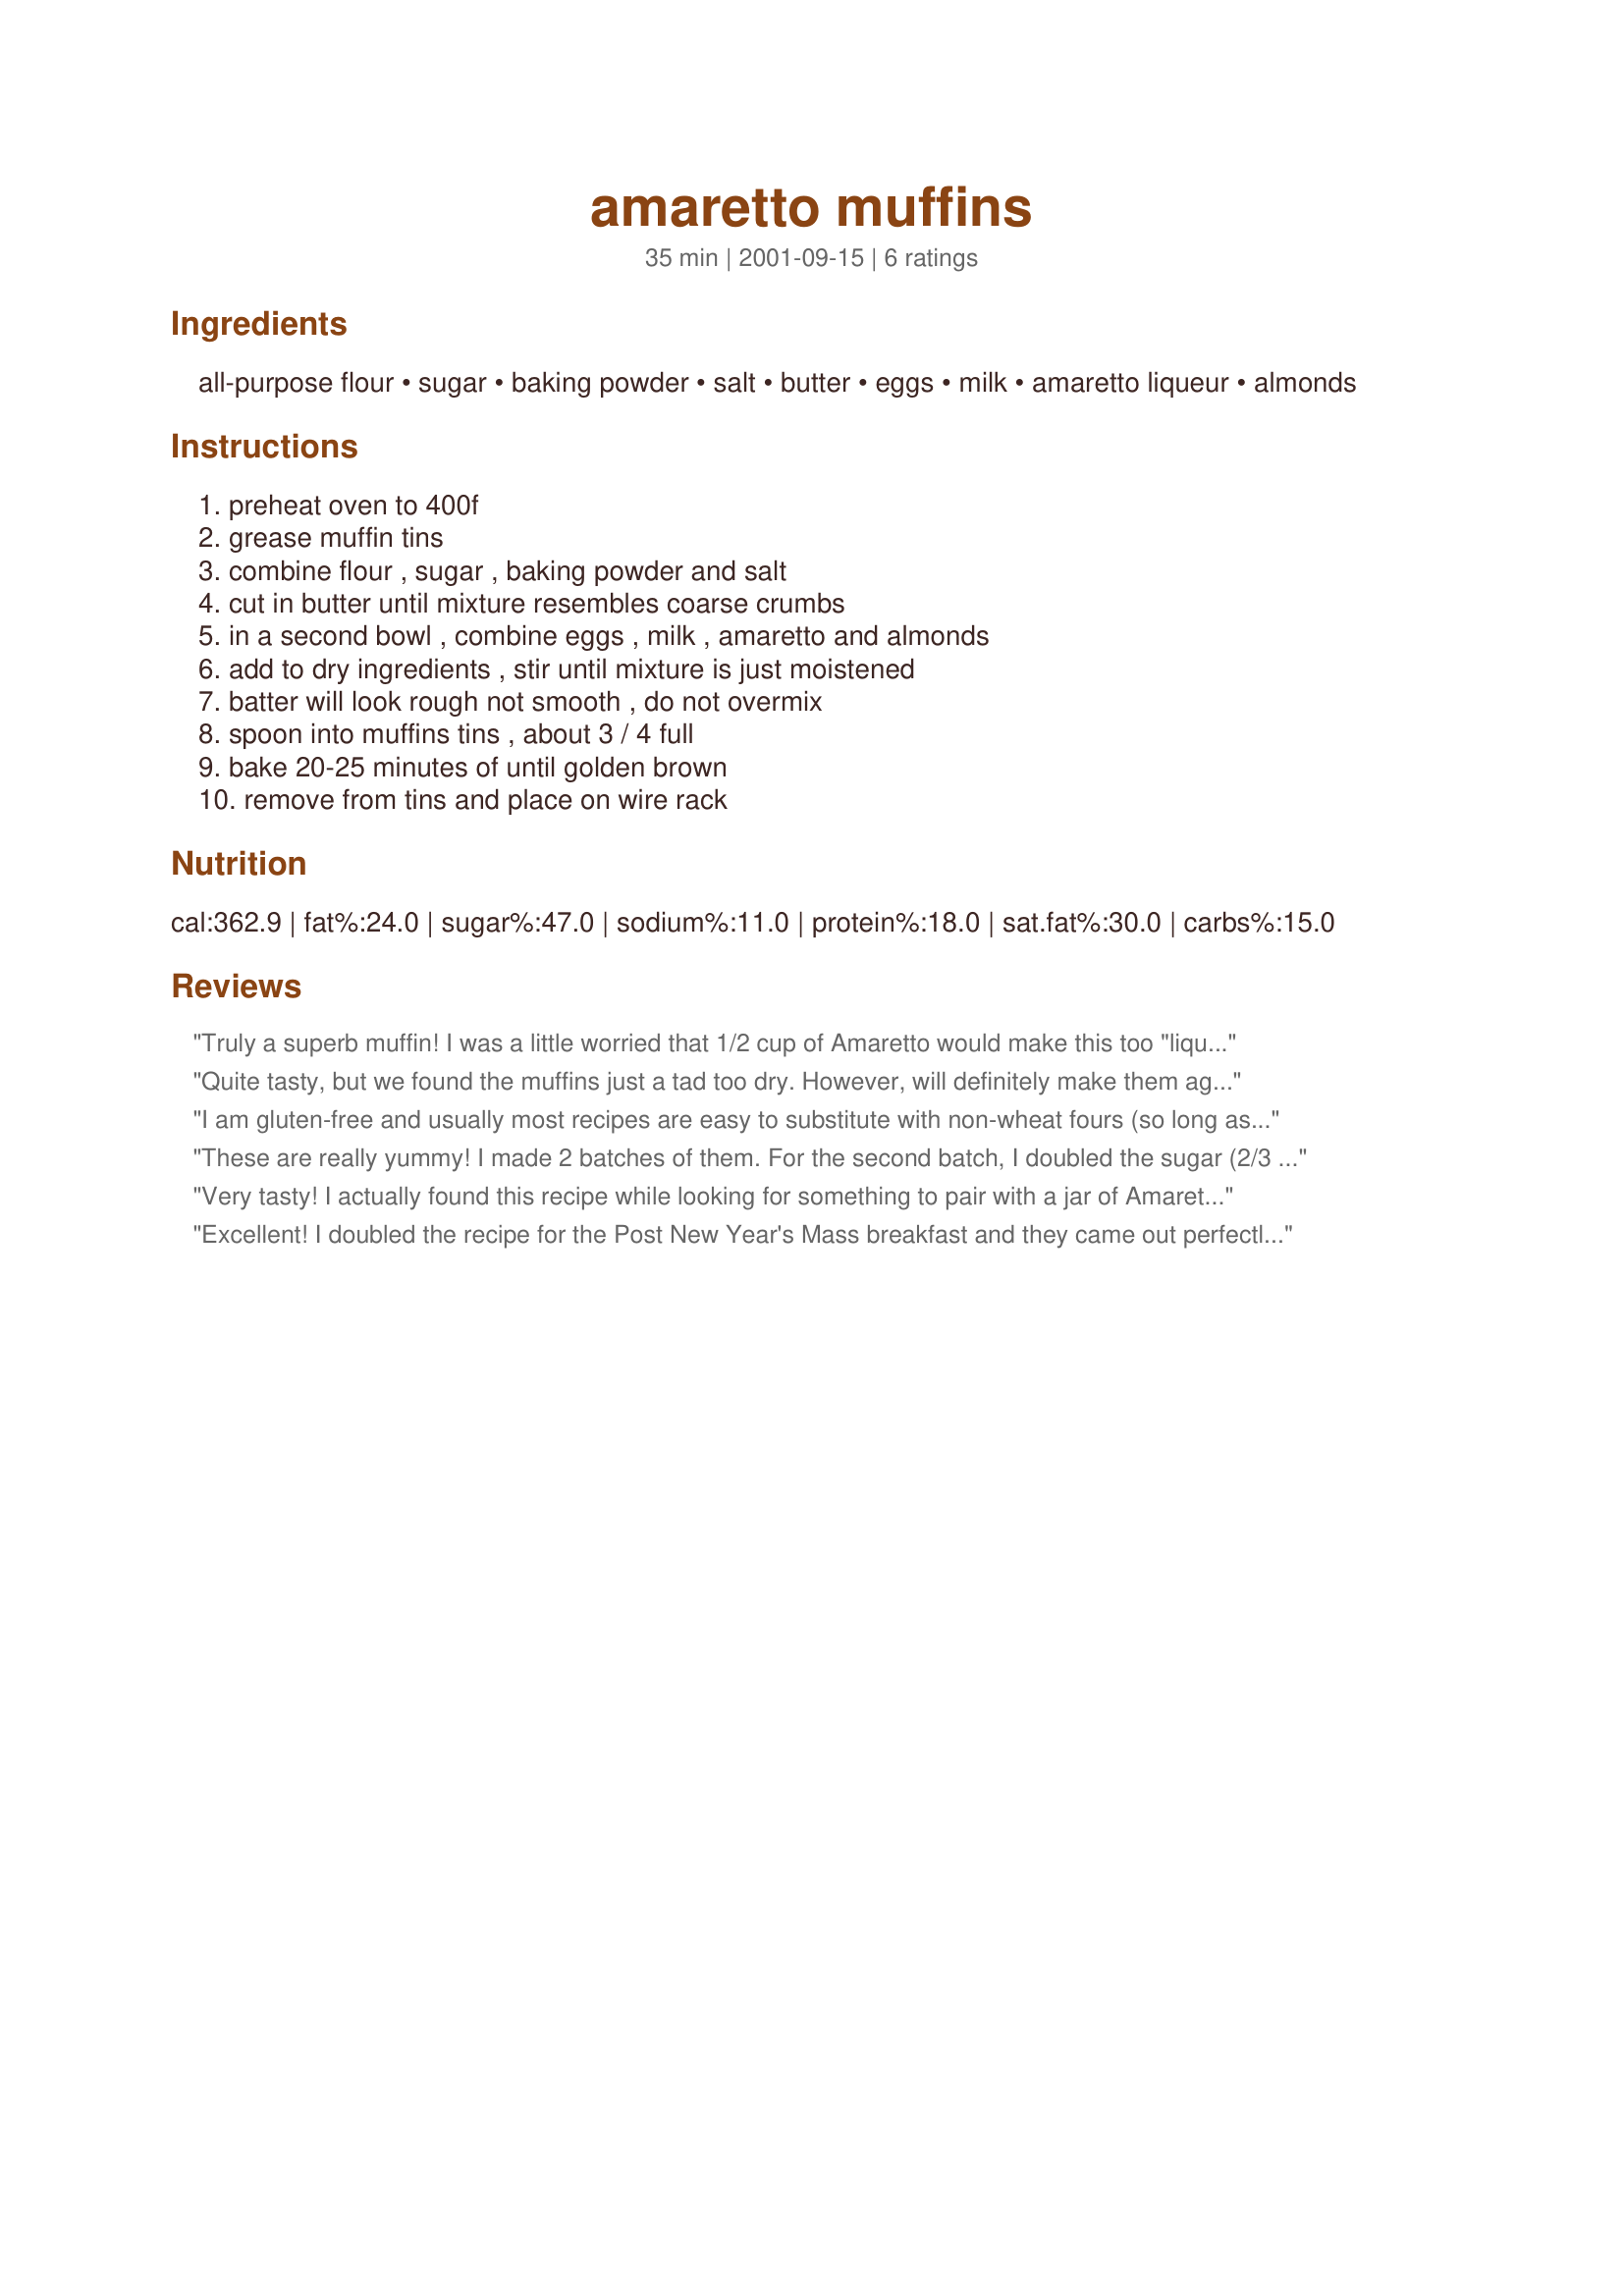
amaretto muffins
Preparation time: 35 minutes

Ingredients:
all-purpose flour, sugar, baking powder, salt, butter, eggs, milk, amaretto liqueur, almonds

Steps:
preheat oven to 400f, grease muffin tins, combine flour , sugar , baking powder and salt, cut in butter until mixture resembles coarse crumbs, in a second bowl , combine eggs , milk , amaretto and almonds, add to dry ingredients , stir until mixture is just moistened, batter will look rough not smooth , do not overmix, spoon into muffins tins , about 3 / 4 full, bake 20-25 minutes of until golden brown, remove from tins and place on wire rack

Reviews:
Truly a superb muffin! I was a little worried that 1/2 cup of Amaretto would make this too "liqueur"-ish tasting, but it was wonderful. I wanted to make this non-dairy, so I subbed marg for the butter, and as a nice touch, almond milk for the 1/4 cup milk called for in the recipe. I had this for breakfast this morning with a nice cup of vanilla tea, a perfect start to my day! Thanks Holiday!
Quite tasty, but we found the muffins just a tad too dry. However, will definitely make them again, but with more butter.
I am gluten-free and usually most recipes are easy to substitute with non-wheat fours (so long as xanthan gum is used). This is a decent recipe but didn&#039;t convert as nicely as some others I&#039;ve used. I had to keep adding milk because it had the consistency of play dough. They came out okay but I wouldn&#039;t recommend it to the gluten-free set.
These are really yummy! I made 2 batches of them. For the second batch, I doubled the sugar (2/3 cup) and added a 1/2 teaspoon of almond extract because I wanted a sweeter more almondy muffin. They rise nicely and have a great texture.
Very tasty! I actually found this recipe while looking for something to pair with a jar of Amaretto Pecan Honey Butter I got. https://www.rustlinrobs.com/products/amaretto-pecan-honey-butter I melted the pecan butter in a sauce pan and added a splash of milk, then used that to glaze the muffins when they were finished baking. It went together perfectly!
Excellent! I doubled the recipe for the Post New Year's Mass breakfast and they came out perfectly. A nice subtle taste. This is a keeper.
